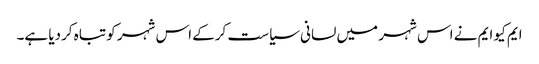
ایم کیو ایم نے اس شہر میں لسانی سیاست کرکے اس شہر کو تباہ کردیا ہے۔